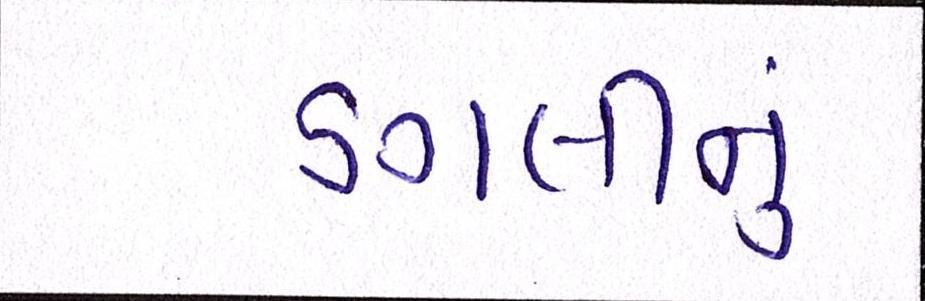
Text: ડગલીનું